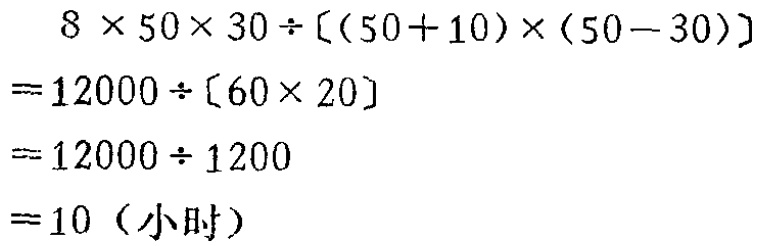
\[
\begin{align*}
&8\times50\times30\div[(50 + 10)\times(50 - 30)]\\
=&12000\div[60\times20]\\
=&12000\div1200\\
=&10 \text{（小时）}
\end{align*}
\]